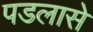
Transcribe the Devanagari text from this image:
पडलासे